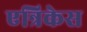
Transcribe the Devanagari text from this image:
एन्रिकेस